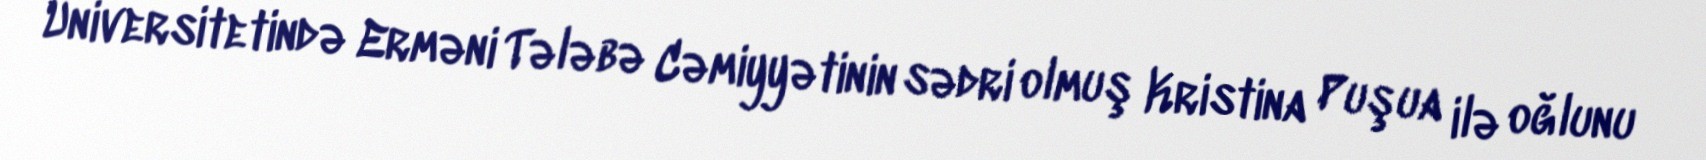
Universitetində Erməni Tələbə Cəmiyyətinin sədri olmuş Kristina Puşua ilə oğlunu